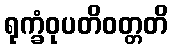
ရုက္ခံဝုပတိဝတ္တတိ